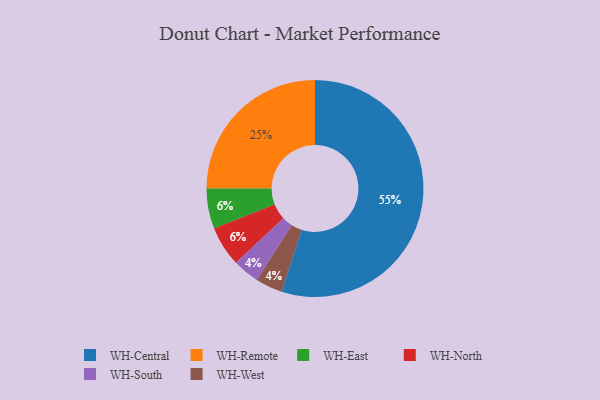
{"axis": {"x": "Category", "y": "Percentage"}, "legend": ["WH-Central", "WH-East", "WH-North", "WH-Remote", "WH-South", "WH-West"], "data": [{"x": "WH-Central", "y": 55, "type": "WH-Central"}, {"x": "WH-South", "y": 4, "type": "WH-South"}, {"x": "WH-West", "y": 4, "type": "WH-West"}, {"x": "WH-Remote", "y": 25, "type": "WH-Remote"}, {"x": "WH-East", "y": 6, "type": "WH-East"}, {"x": "WH-North", "y": 6, "type": "WH-North"}]}